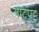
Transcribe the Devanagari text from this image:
आटपट्टु